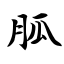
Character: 胍